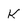
Character: K